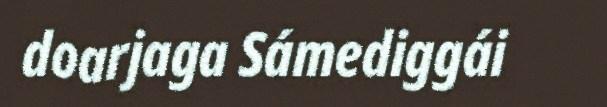
doarjaga Sámediggái